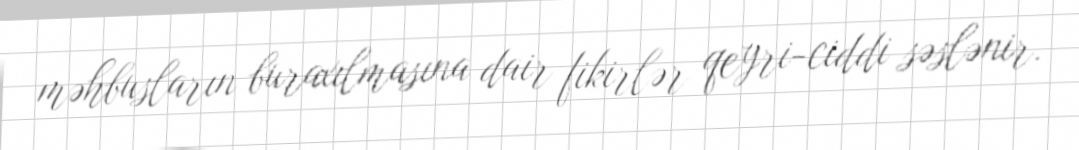
məhbusların buraxılmasına dair fikirlər qeyri-ciddi səslənir.